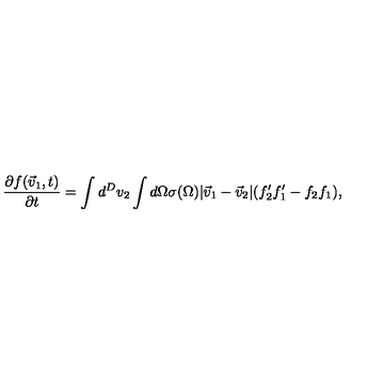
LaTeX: { \frac { \partial f ( \vec { v } _ { 1 } , t ) } { \partial t } } = \int d ^ { D } v _ { 2 } \int d \Omega \sigma ( \Omega ) | \vec { v } _ { 1 } - \vec { v } _ { 2 } | ( f _ { 2 } ^ { \prime } f _ { 1 } ^ { \prime } - f _ { 2 } f _ { 1 } ) ,